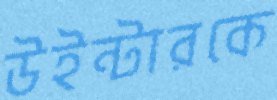
উইন্টারকে